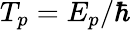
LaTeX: T_{p}=E_{p}/\hbar